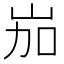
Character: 𡶥